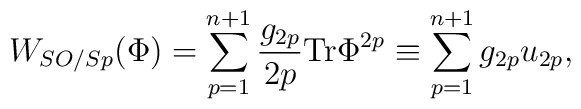
W_{SO/Sp}(\Phi)= \sum_{p=1}^{n+1}\frac{g_{2p}}{2p}{\rm Tr}\Phi^{2p}\equiv\sum_{p=1}^{n+1}g_{2p}u_{2p},